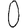
Digit: 0